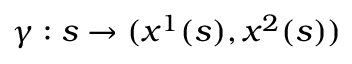
\gamma : s \rightarrow ( x ^ { 1 } ( s ) , x ^ { 2 } ( s ) )